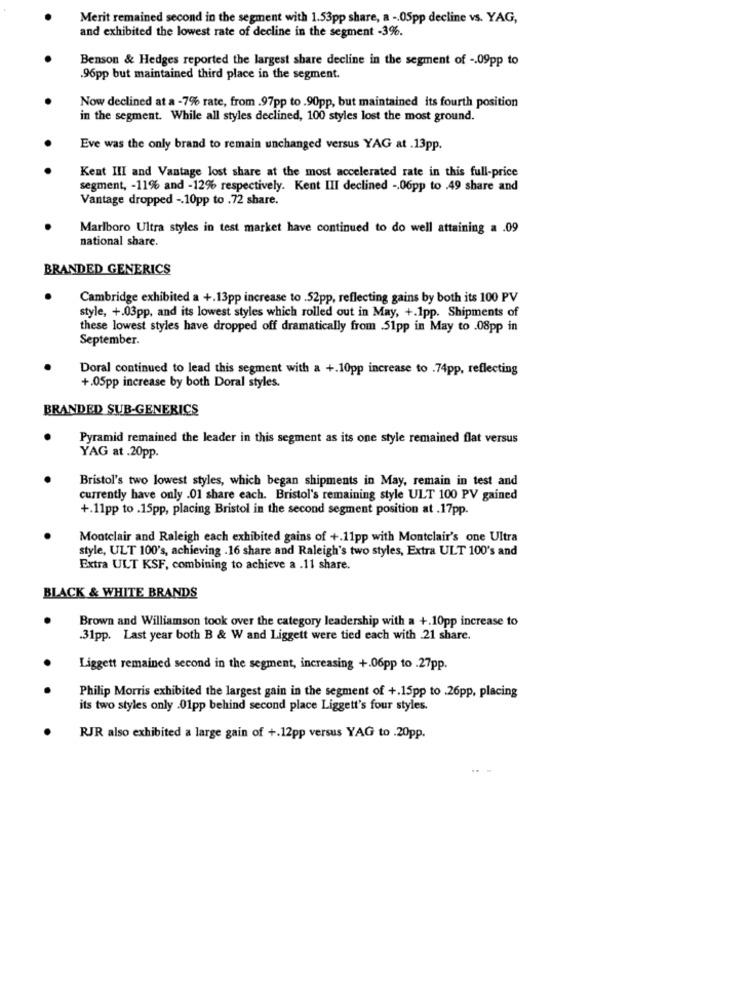
Merit remained second in the segment with 1.53pp share, a -. 05pp decline vs. YAG,
and exhibited the lowest rate of decline in the segment -3%.
Benson & Hedges reported the largest share decline in the segment of -. 09pp to
.96pp but maintained third place in the segment.
Now declined at a -7% rate, from .97pp to .90pp, but maintained its fourth position
in the segment. While all styles declined, 100 styles lost the most ground.
Eve was the only brand to remain unchanged versus YAG at .13pp.
Kent III and Vantage lost share at the most accelerated rate in this full-price
segment, - 11% and -12% respectively. Kent III declined -. 06pp to .49 share and
Vantage dropped -. 10pp to .72 share.
Marlboro Ultra styles in test market have continued to do well attaining a .09
national share.
BRANDED GENERICS
Cambridge exhibited a +.13pp increase to .52pp, reflecting gains by both its 100 PV
style, +.03pp, and its lowest styles which rolled out in May, +.1pp. Shipments of
these lowest styles have dropped off dramatically from .51pp in May to .08pp in
September.
Doral continued to lead this segment with a +.10pp increase to .74pp, reflecting
+.05pp increase by both Doral styles.
BRANDED SUB-GENERICS
Pyramid remained the leader in this segment as its one style remained flat versus
YAG at .20pp.
Bristol's two lowest styles, which began shipments in May, remain in test and
currently have only .01 share each. Bristol's remaining style ULT 100 PV gained
+.11pp to .15pp, placing Bristol in the second segment position at .17pp.
Montclair and Raleigh each exhibited gains of +.11pp with Montclair's one Ultra
style, ULT 100's, achieving .16 share and Raleigh's two styles, Extra ULT 100's and
Extra ULT KSF, combining to achieve a .11 share.
BLACK & WHITE BRANDS
Brown and Williamson took over the category leadership with a +.10pp increase to
.31pp. Last year both B & W and Liggett were tied each with 21 share.
Liggett remained second in the segment, increasing +.06pp to .27pp.
Philip Morris exhibited the largest gain in the segment of +.15pp to .26pp, placing
its two styles only .01pp behind second place Liggett's four styles.
RJR also exhibited a large gain of +.12pp versus YAG to .20pp.